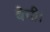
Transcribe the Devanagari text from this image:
बेची।